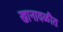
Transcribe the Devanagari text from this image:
खानावळीत